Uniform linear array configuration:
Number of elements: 24
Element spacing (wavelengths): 0.5
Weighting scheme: kaiser
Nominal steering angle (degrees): -60
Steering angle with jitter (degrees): -58.237
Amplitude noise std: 0.05
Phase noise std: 0.05

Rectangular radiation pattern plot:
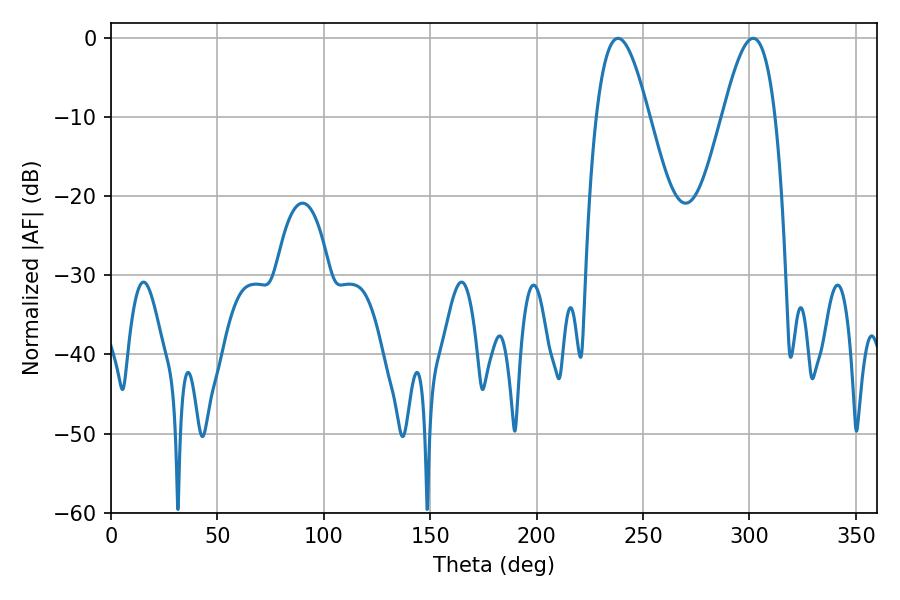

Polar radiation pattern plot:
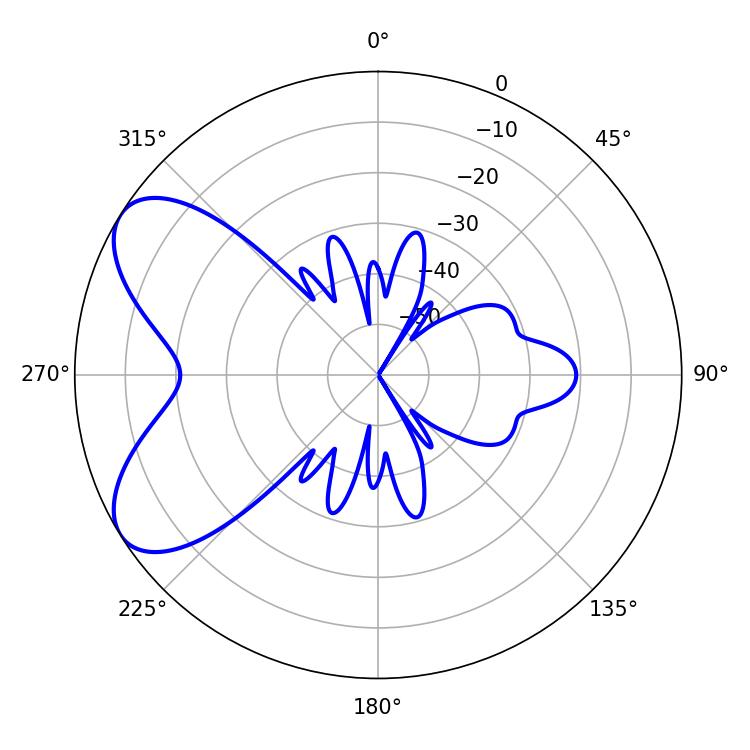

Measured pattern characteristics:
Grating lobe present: FALSE
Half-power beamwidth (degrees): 13.5
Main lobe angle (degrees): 238.32